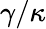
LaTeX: \gamma/\kappa